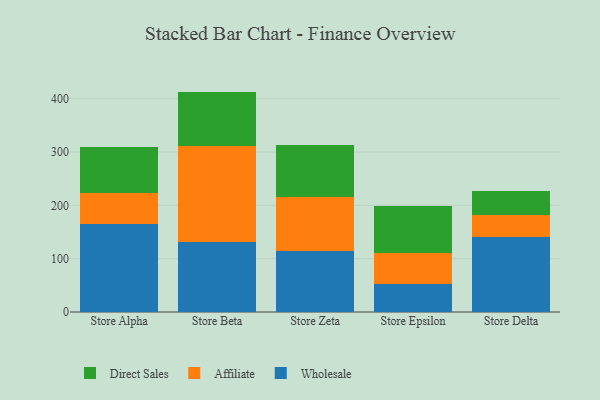
{"axis": {"x": "Store", "y": "Inventory Turnover"}, "legend": ["Affiliate", "Direct Sales", "Wholesale"], "data": [{"x": "Store Alpha", "y": 165.3, "type": "Wholesale"}, {"x": "Store Alpha", "y": 58.3, "type": "Affiliate"}, {"x": "Store Alpha", "y": 84.9, "type": "Direct Sales"}, {"x": "Store Beta", "y": 131.4, "type": "Wholesale"}, {"x": "Store Beta", "y": 179.5, "type": "Affiliate"}, {"x": "Store Beta", "y": 102.3, "type": "Direct Sales"}, {"x": "Store Zeta", "y": 115.0, "type": "Wholesale"}, {"x": "Store Zeta", "y": 101.3, "type": "Affiliate"}, {"x": "Store Zeta", "y": 96.7, "type": "Direct Sales"}, {"x": "Store Epsilon", "y": 52.4, "type": "Wholesale"}, {"x": "Store Epsilon", "y": 58.6, "type": "Affiliate"}, {"x": "Store Epsilon", "y": 88.1, "type": "Direct Sales"}, {"x": "Store Delta", "y": 140.9, "type": "Wholesale"}, {"x": "Store Delta", "y": 40.6, "type": "Affiliate"}, {"x": "Store Delta", "y": 45.3, "type": "Direct Sales"}]}